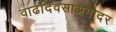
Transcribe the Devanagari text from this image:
वाढदिवसाअगोदर